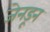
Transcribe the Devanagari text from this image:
जेनडून